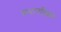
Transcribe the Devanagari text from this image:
सभापतित्वमे